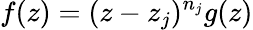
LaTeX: f(z)=(z-z_{j})^{n_{j}}g(z)